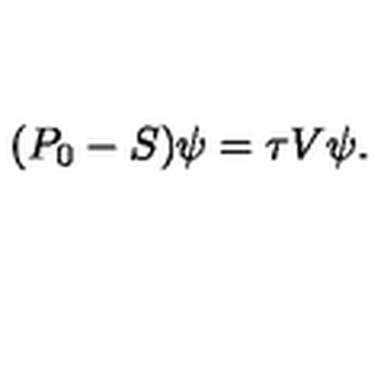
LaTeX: ( P _ { 0 } - S ) \psi = \tau V \psi .